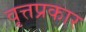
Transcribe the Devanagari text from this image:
वृत्तप्रकार